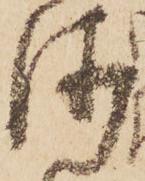
沙